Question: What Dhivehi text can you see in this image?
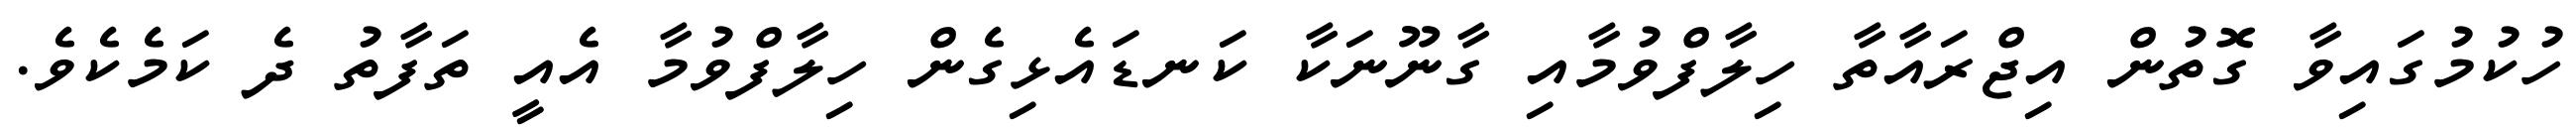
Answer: ހުކުމުގައިވާ ގޮތުން އިޖްރައާތާ ހިލާފްވުމާއި ގާނޫނަކާ ކަނޑައެޅިގެން ހިލާފްވުމާ އެއީ ތަފާތު ދެ ކަމެކެވެ.